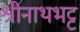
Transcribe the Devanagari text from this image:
श्रीनाथभट्ट